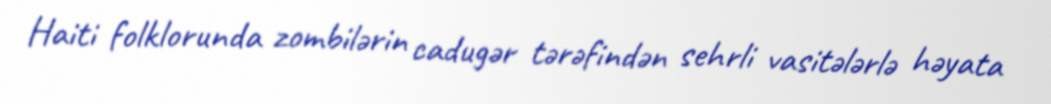
Haiti folklorunda zombilərin cadugər tərəfindən sehrli vasitələrlə həyata